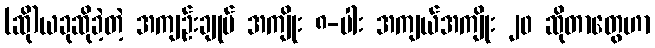
(ဆို)ယခုဆိုခဲ့တဲ့ အကျဉ်းချုပ် အကျိုး ၈-ပါး အကျယ်အကျိုး ၂၀ ဆိုတာတွေဟာ